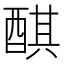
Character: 𨡨